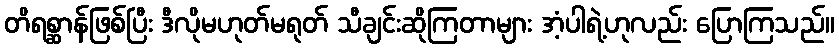
တိရစ္ဆာန်ဖြစ်ပြီး ဒီလိုမဟုတ်မရုတ် သီချင်းဆိုကြတာများ အံ့ပါရဲ့ဟုလည်း ပြောကြသည်။